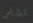
تشاس